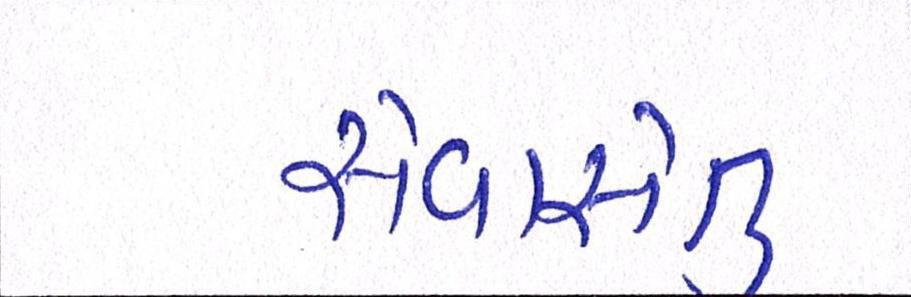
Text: સેવાસેતુ